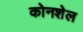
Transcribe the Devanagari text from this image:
कोनशेल